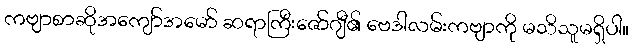
ကဗျာစာဆိုအကျော်အမော် ဆရာကြီးဇော်ဂျီ၏ ဗေဒါလမ်းကဗျာကို မသိသူမရှိပါ။